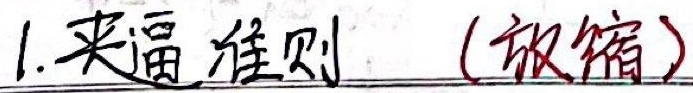
1. 夹逼准则 （放缩）